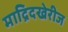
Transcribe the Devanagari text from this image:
माद्रिदखेरीज